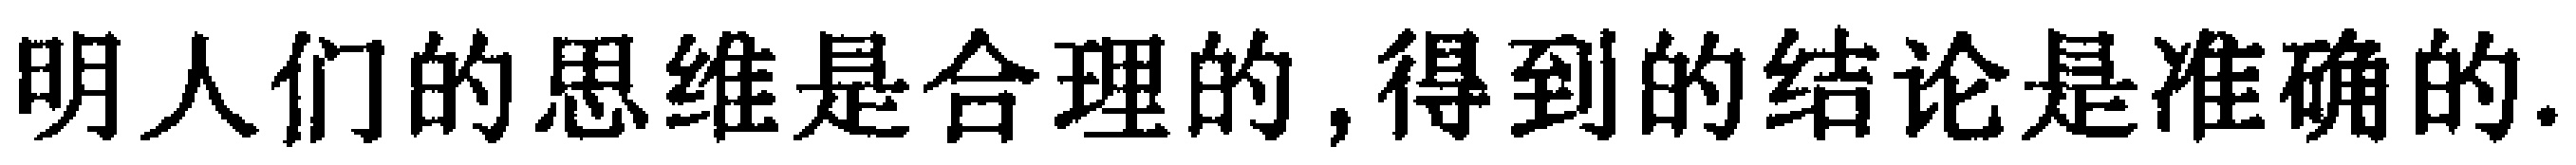
明人们的思维是合理的,得到的结论是准确的.